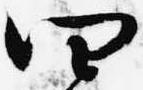
四